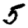
Digit: 5